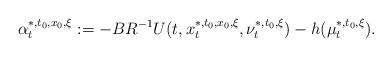
LaTeX: \begin{align*}\alpha^{*,t_0,x_0,\xi}_t:=-BR^{-1}U(t,x_t^{*,t_0,x_0,\xi},\nu_t^{*,t_0,\xi})-h(\mu_t^{*,t_0,\xi}).\end{align*}